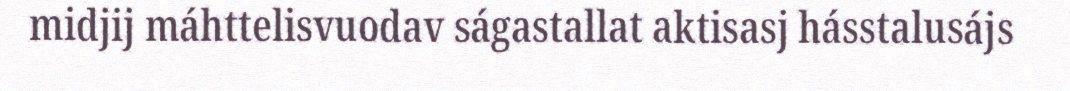
midjij máhttelisvuodav ságastallat aktisasj hásstalusájs